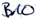
Text: B10